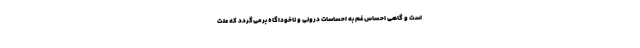
است و گاهی احساس غم به احساسات درونی و ناخوداگاه برمی‌گردد که علت